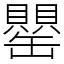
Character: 罌